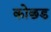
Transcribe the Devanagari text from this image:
कोछड